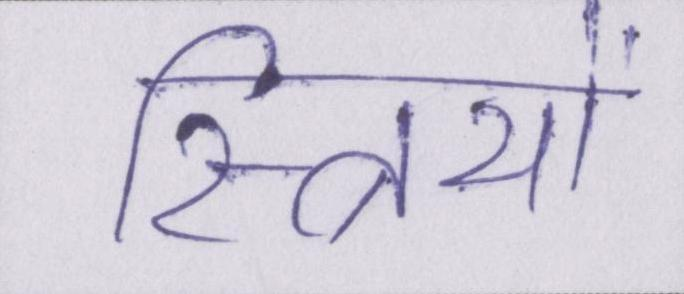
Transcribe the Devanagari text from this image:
स्त्रियों